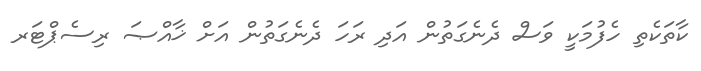
ކާތަކެތި ހެފުމަކީ ވަސް ދެނެގަތުން އަދި ރަހަ ދެނެގަތުން އަށް ޚާއްޞަ ރިސެޕްޓަރ